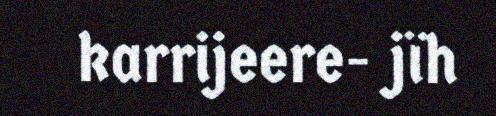
karrijeere- jïh